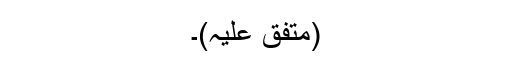
(متفق علیہ)۔